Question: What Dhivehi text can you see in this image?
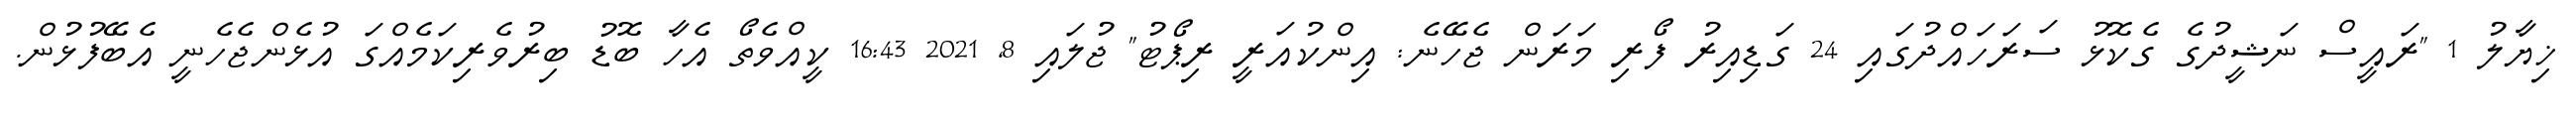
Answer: ޚިޔާލު 1 "ރައީސް ނަޝީދުގެ ގެކޮޅު ސަރަހައްދުގައި 24 ގަޑިއިރު ފޯރި މަރަން ޖެހޭނެ: އިންކުއަރީ ރިޕޯޓު" ޖުލައި 8, 2021 16:43 ކީއްވެތޯ އެހާ ބޮޑު ބިރުވެރިކަމެއްގަ އުޅެންޖެހެނީ އެބޭފުޅުން.